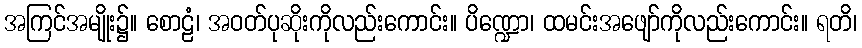
အကြင်အမျိုး၌။ စောဠံ၊ အဝတ်ပုဆိုးကိုလည်းကောင်း။ ပိဏ္ဍော၊ ထမင်းအဖျော်ကိုလည်းကောင်း။ ရတိ၊